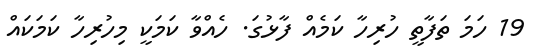
19 ހަމަ ތަފާތީ ހުރިހާ ކަމެއް ފާޅުގަ. ހެއްވާ ކަމަކީ މިހުރިހާ ކަމަކައް